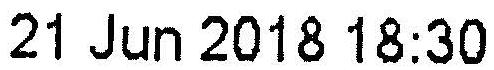
21 JUN 2018 18:30